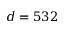
d = 5 3 2